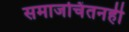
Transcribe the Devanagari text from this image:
समाजचिंतनही